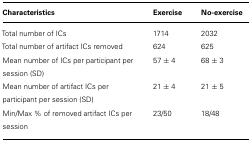
<table><thead><tr><td><b>Characteristics</b></td><td></td><td><b>Exercise</b></td><td></td><td><b>No-exercise</b></td></tr></thead><tbody><tr><td>Total number of ICs</td><td></td><td>1714</td><td></td><td>2032</td></tr><tr><td>Total number of artifact ICs removed</td><td></td><td>624</td><td></td><td>625</td></tr><tr><td>Mean number of ICs per participant per session (SD)</td><td></td><td>57 ± 4</td><td></td><td>68 ± 3</td></tr><tr><td>Mean number of artifact ICs per participant per session (SD)</td><td></td><td>21 ± 4</td><td></td><td>21 ± 5</td></tr><tr><td>Min/Max % of removed artifact ICs per session</td><td></td><td>23/50</td><td></td><td>18/48</td></tr></tbody></table>